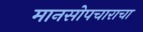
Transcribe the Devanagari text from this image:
मानसोपचाराचा